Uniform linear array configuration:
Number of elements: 48
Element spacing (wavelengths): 0.25
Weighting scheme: binomial
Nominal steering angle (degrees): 60
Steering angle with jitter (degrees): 58.359
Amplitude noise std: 0.05
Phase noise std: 0.05

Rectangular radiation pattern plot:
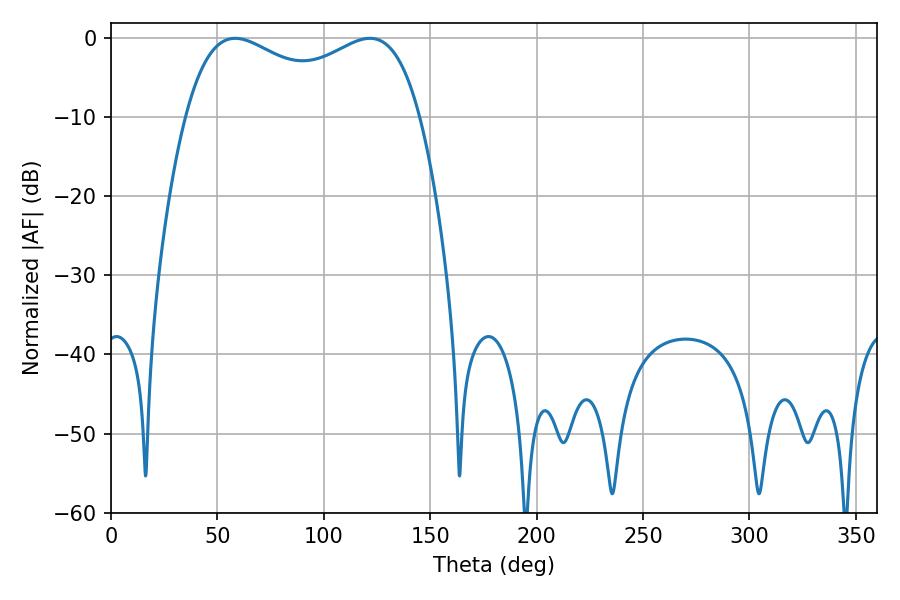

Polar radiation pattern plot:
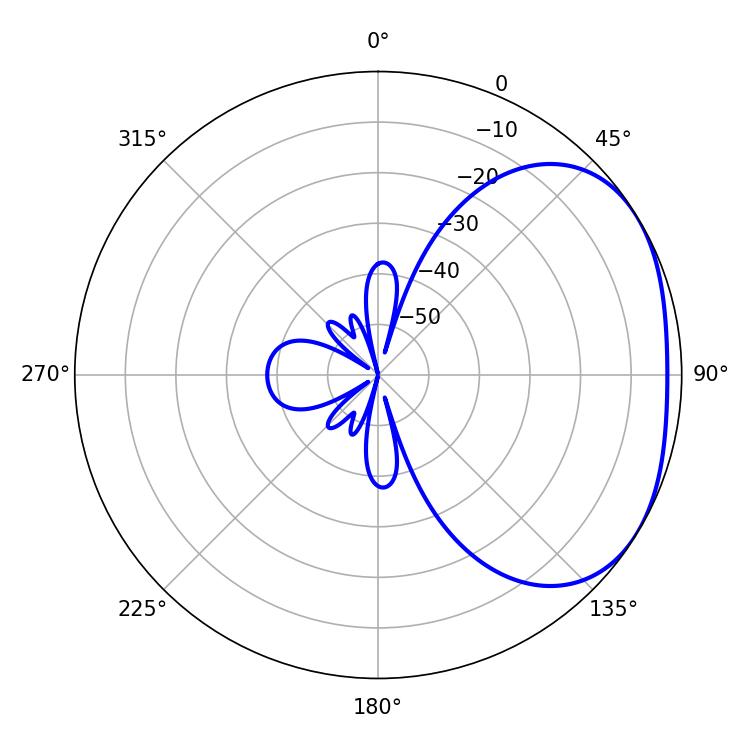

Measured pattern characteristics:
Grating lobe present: FALSE
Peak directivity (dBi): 2.452
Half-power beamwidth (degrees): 91.44
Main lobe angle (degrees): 58.32